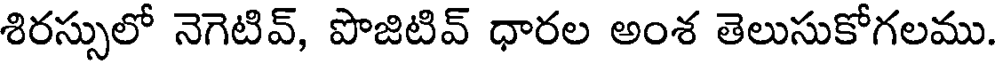
శిరస్సులో నెగెటివ్, పొజిటివ్ ధారల అంశ తెలుసుకోగలము.